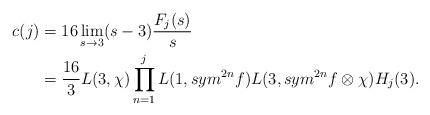
LaTeX: \begin{align*}c(j) &=16\lim_{s \to 3} (s-3)\frac{F_{j}(s)}{s} \\&= \frac{16}{3}L(3,\chi)\prod\limits_{n=1}^{j}L(1,sym^{2n}f)L(3,sym^{2n}f\otimes\chi)H_{j}(3).\end{align*}